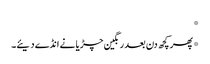
*
*پھر کچھ دن بعد رنگین چڑیا نے انڈے دیئے۔